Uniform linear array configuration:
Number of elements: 12
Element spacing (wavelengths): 1
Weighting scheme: hamming
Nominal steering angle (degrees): -30
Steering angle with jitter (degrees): -29.288
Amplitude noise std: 0.05
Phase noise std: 0.05

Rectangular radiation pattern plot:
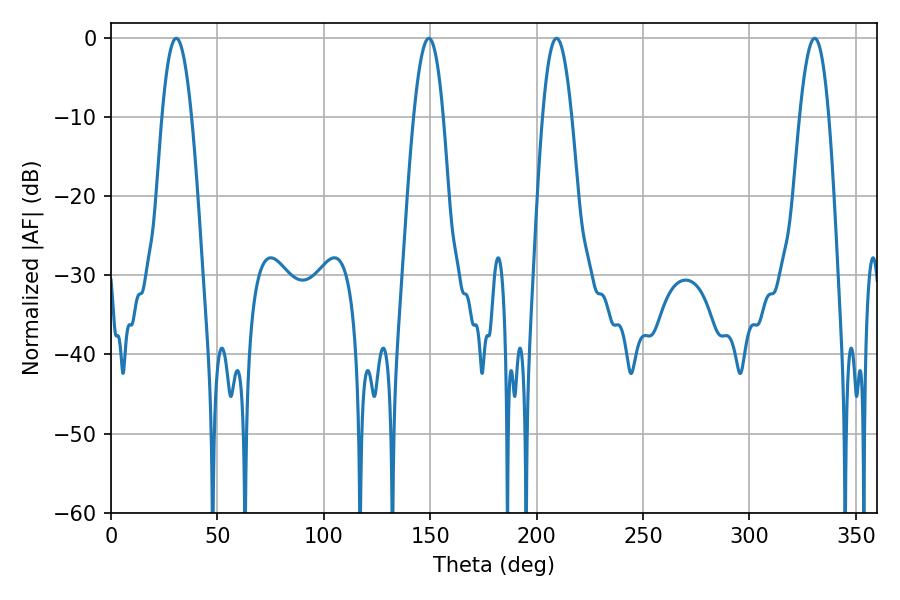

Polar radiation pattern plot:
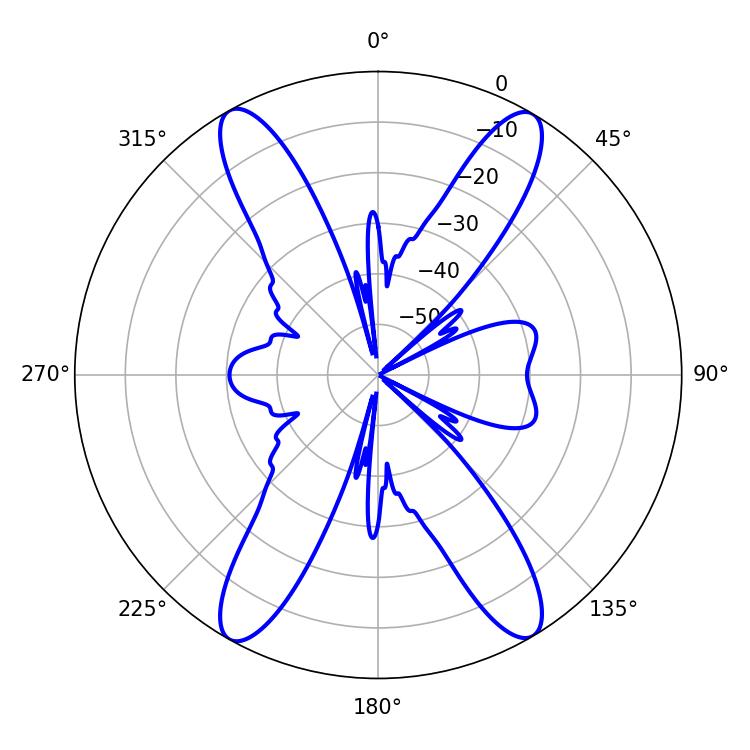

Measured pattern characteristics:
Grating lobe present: TRUE
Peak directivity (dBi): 24.244
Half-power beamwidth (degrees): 7.38
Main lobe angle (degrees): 209.34